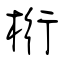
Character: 桁